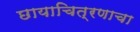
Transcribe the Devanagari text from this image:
छायाचित्रणाचा